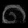
Digit: ၈